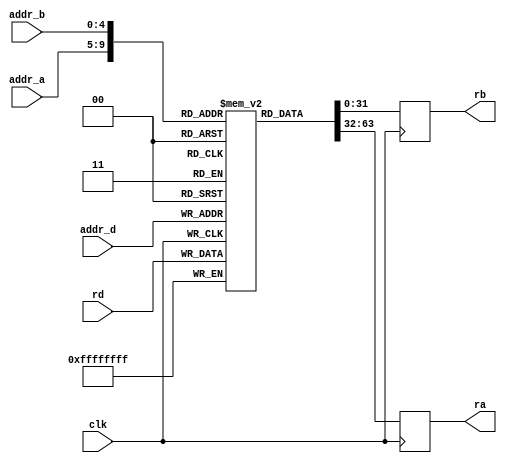
module reg_file
	#(parameter d_width = 32, reg_ct = 32, ra_width = $clog2(reg_ct) )
	(	output reg[d_width-1:0] ra, rb,
		input [d_width-1:0] rd,
		input [ra_width-1:0] addr_a, addr_b, addr_d,
		input clk);
	reg [d_width-1:0] regs[reg_ct-1:0];
	always @(negedge clk) begin
		regs[addr_d] <= rd;
	end
	always @(posedge clk) begin
		ra <= regs[addr_a];
		rb <= regs[addr_b];
	end
endmodule